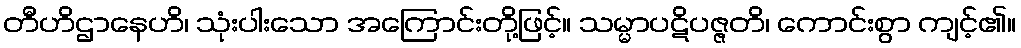
တီဟိဌာနေဟိ၊ သုံးပါးသော အကြောင်းတို့ဖြင့်။ သမ္မာပဋိပဇ္ဇတိ၊ ကောင်းစွာ ကျင့်၏။